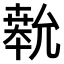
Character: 𫧨